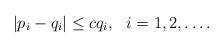
LaTeX: \begin{align*} |p_i-q_i|\le cq_i,\ \ i=1,2,\dots.\end{align*}